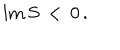
\mathrm { I m } \, S \, < \, 0 \, .